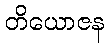
တိယောဇန